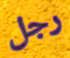
رجل